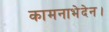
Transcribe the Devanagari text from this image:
कामनाभेदेन।